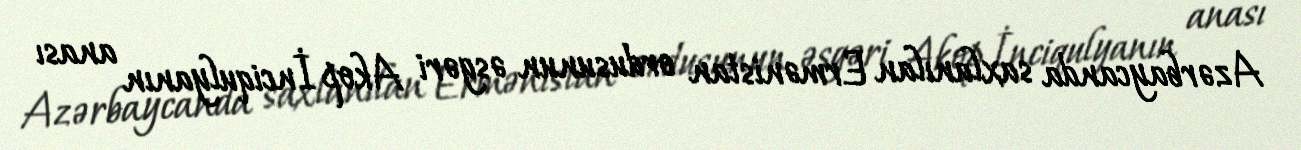
Azərbaycanda saxlanılan Ermənistan ordusunun əsgəri Akop İnciqulyanın anası